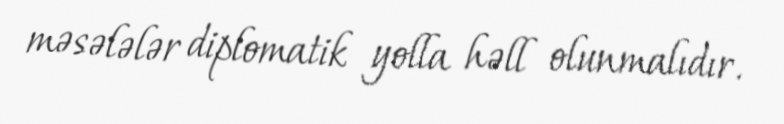
məsələlər diplomatik yolla həll olunmalıdır.